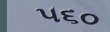
૫૬૦